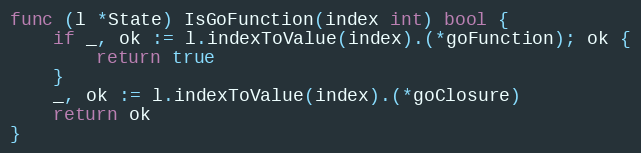
Language: Go
func (l *State) IsGoFunction(index int) bool {
	if _, ok := l.indexToValue(index).(*goFunction); ok {
		return true
	}
	_, ok := l.indexToValue(index).(*goClosure)
	return ok
}